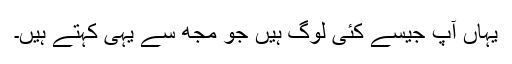
یہاں آپ جیسے کئی لوگ ہیں جو مجھ سے یہی کہتے ہیں۔